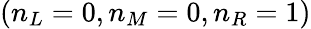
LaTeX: (n_{L}=0,n_{M}=0,n_{R}=1)